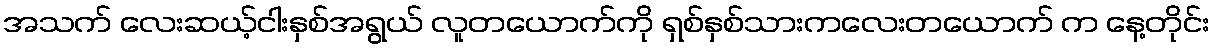
အသက် လေးဆယ့်ငါးနှစ်အရွယ် လူတယောက်ကို ရှစ်နှစ်သားကလေးတယောက် က နေ့တိုင်း